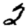
Digit: 2